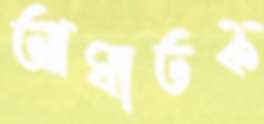
আঘাতক